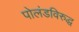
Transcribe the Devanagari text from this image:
पोलंडविरुद्ध